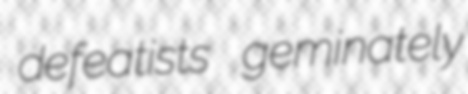
defeatists geminately